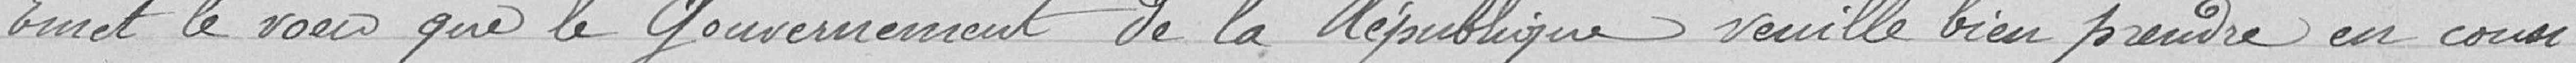
Emet le vœu que le gouvernement de la République veuille bien prendre en consi-